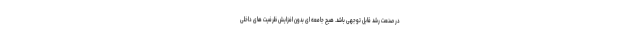
در صنعت رشد قابل توجهی باشد. هیچ جامعه ای بدون افزایش ظرفیت های داخلی